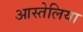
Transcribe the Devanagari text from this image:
आस्तेलिया